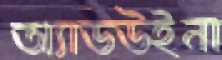
অ্যাডউইনা